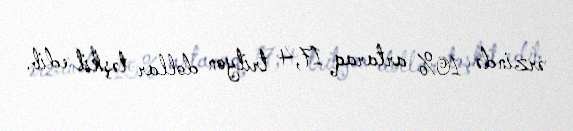
ərzində 10% artaraq 17,4 trilyon dollar təşkil edib.